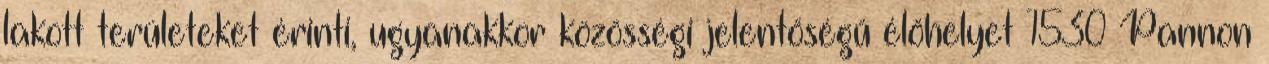
lakott területeket érinti, ugyanakkor közösségi jelentőségű élőhelyet 1530 Pannon